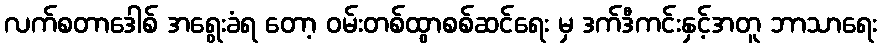
လက်စတာဒေါစ် အရွေးခံရ တော့ ဝမ်းတစ်ထွာစစ်ဆင်ရေး မှ ဒက်ဒီကင်းနှင့်အတူ ဘာသာရေး